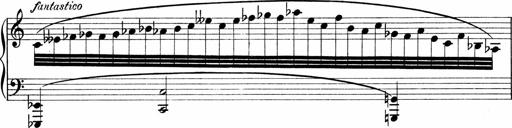
Title: Sonatina No.1
Composer: Otto Stoll
Key: C major